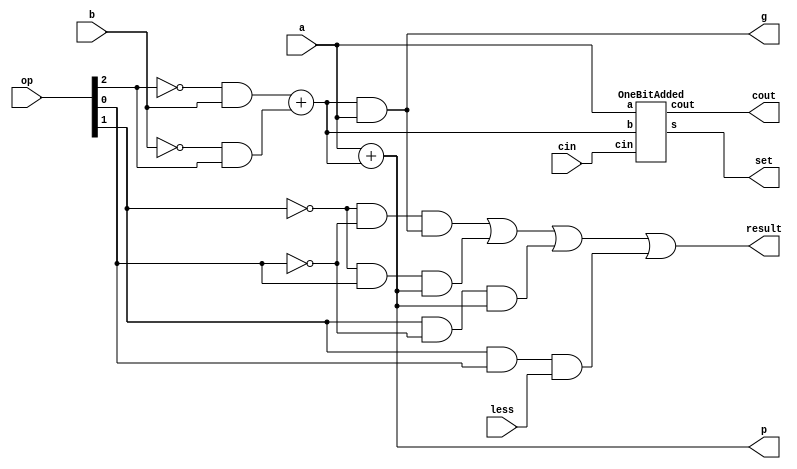
`timescale 1ns / 1ps
//////////////////////////////////////////////////////////////////////////////////
// Company: 
// Engineer: 
// 
// Design Name: 
// Module Name:    OneBitALU 
// Project Name: 
// Target Devices: 
// Tool versions: 
// Description: 
//
// Dependencies: 
//
// Revision: 
// Revision 0.01 - File Created
// Additional Comments: 
//
//////////////////////////////////////////////////////////////////////////////////
module OneBitALU(a, b, cin, less, op, result, cout, g, p, set);
	input a, b, cin;
	input less;
	input [2:0] op;
	output result;
	output cout;
	output g, p;
	output set;

	wire b_n;
	assign b_n = ((~op[2]) & b) + ((~b) & op[2]);

	wire g_n, p_n;
	assign g_n = (b_n & a);
	assign p_n = (a + b_n);
	assign g = g_n;
	assign p = p_n;
	
	
	wire set_n;
	OneBitAdded OneBitAdded_1(a, b_n, cin, set_n, cout);
	assign set = set_n;

	assign result = ((~op[1]) & (~op[0]) & g_n) | ((~op[1]) & op[0] & p_n) | (op[1] & (~op[0]) & p_n) | (op[1] & op[0] & less);

endmodule

module OneBitAdded(a, b, cin, s, cout);
	input a, b, cin;
	output s, cout;
	
	assign s = ((~a) & b & (~cin)) | ((~a) & (~b) & cin) | (a & b & cin) | (a & (~b) & (~cin));
	assign cout = ((~a) & b & cin) | (a & (~b) & cin) | (a & b & (~cin)) | (a & b & cin);
endmodule